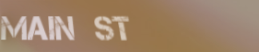
Main St